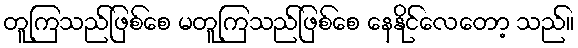
တူကြသည်ဖြစ်စေ မတူကြသည်ဖြစ်စေ နေနိုင်လေတော့ သည်။